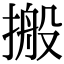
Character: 搬